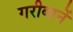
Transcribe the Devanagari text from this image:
गरीबानें